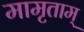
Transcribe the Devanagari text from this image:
मामृताम्‌